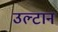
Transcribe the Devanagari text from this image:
उल्टान